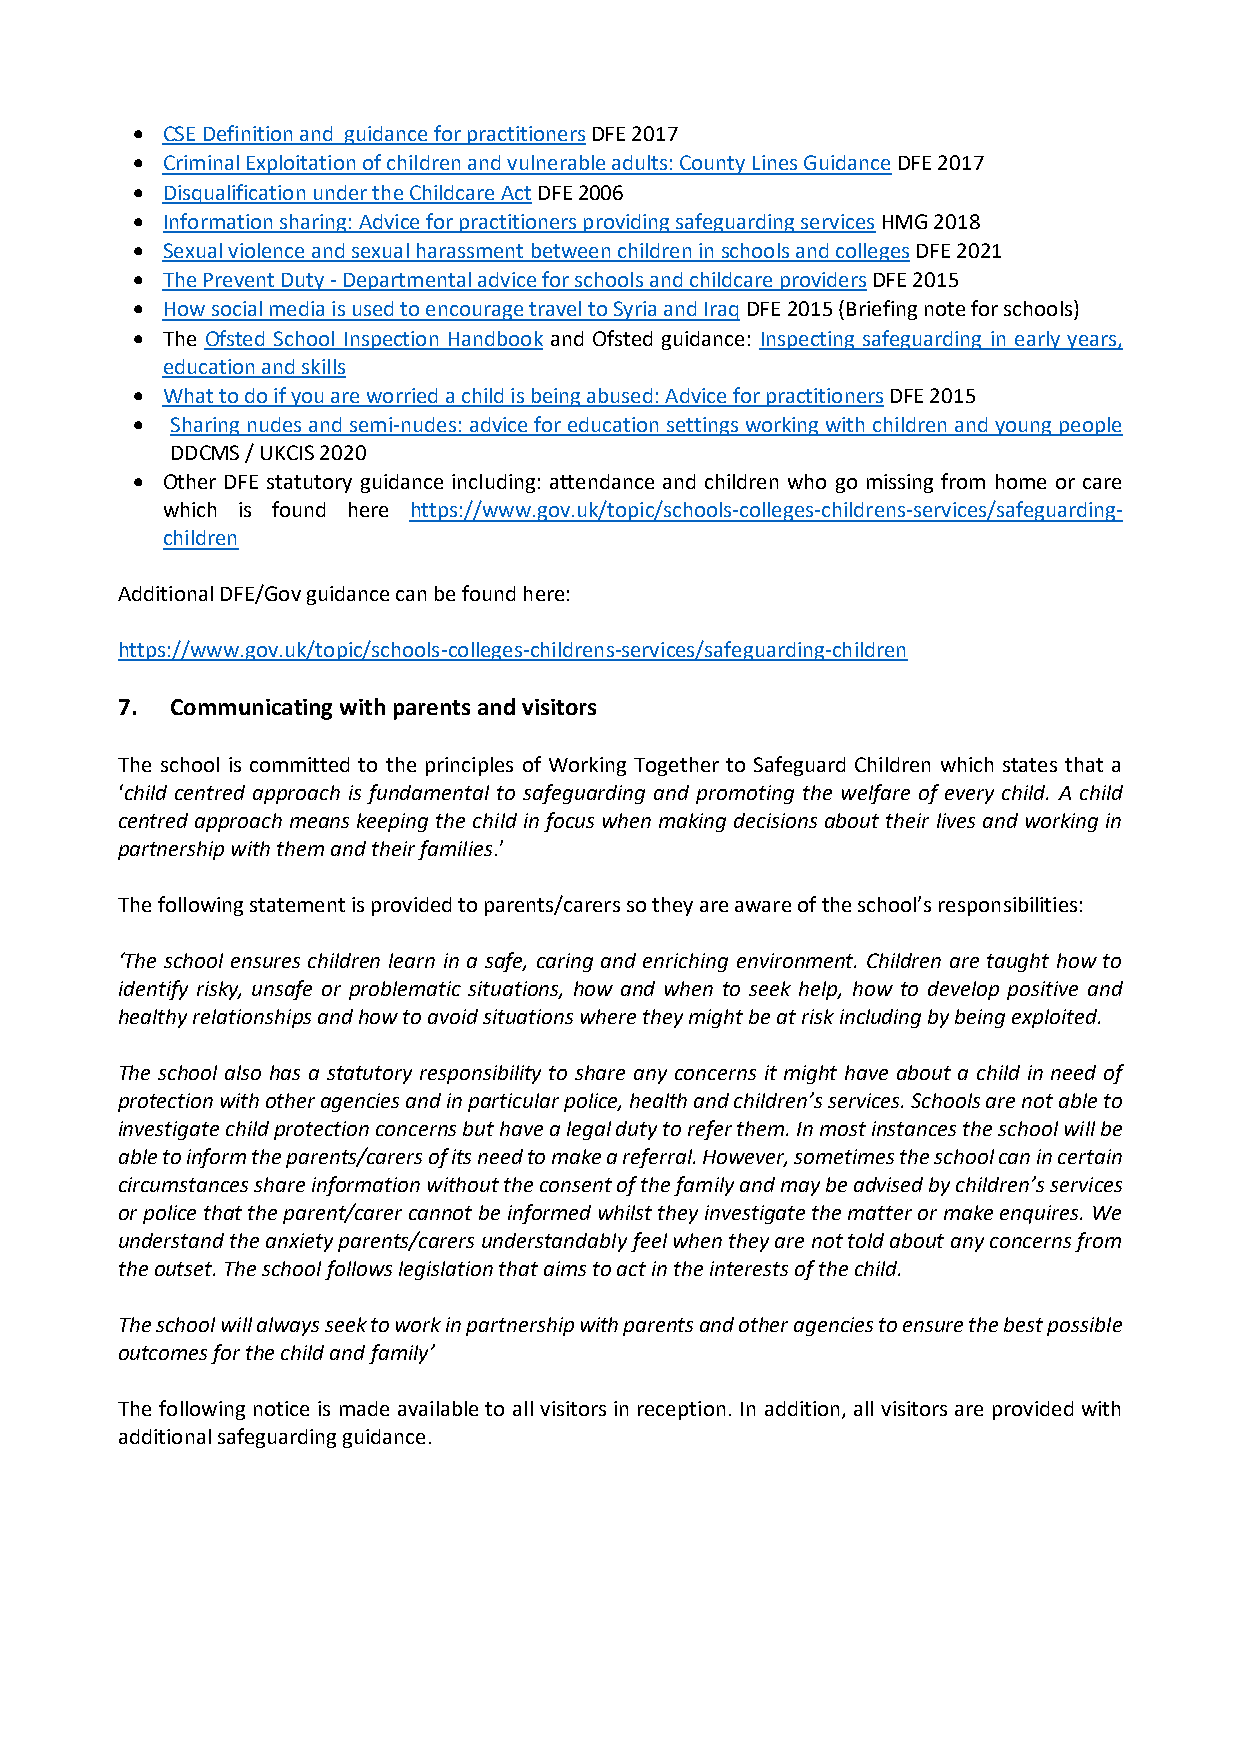
• CSE Definition and guidance for practitioners DFE 2017
 • Criminal Exploitation of children and vulnerable adults: County Lines Guidance DFE 2017
 • Disqualification under the Childcare Act DFE 2006
 • Information sharing: Advice for practitioners providing safeguarding services HMG 2018
 • Sexual violence and sexual harassment between children in schools and colleges DFE 2021
 • The Prevent Duty - Departmental advice for schools and childcare providers DFE 2015
 • How social media is used to encourage travel to Syria and Iraq DFE 2015 (Briefing note for schools)
 • The Ofsted School Inspection Handbook and Ofsted guidance: Inspecting safeguarding in early years,
 education and skills
 • What to do if you are worried a child is being abused: Advice for practitioners DFE 2015
 • Sharing nudes and semi-nudes: advice for education settings working with children and young people
 DDCMS / UKCIS 2020
 • Other DFE statutory guidance including: attendance and children who go missing from home or care
 which is found here https://www.gov.uk/topic/schools-colleges-childrens-services/safeguarding-
 children
 Additional DFE/Gov guidance can be found here:
 https://www.gov.uk/topic/schools-colleges-childrens-services/safeguarding-children
 7. Communicating with parents and visitors
 The school is committed to the principles of Working Together to Safeguard Children which states that a
 ‘child centred approach is fundamental to safeguarding and promoting the welfare of every child. A child
 centred approach means keeping the child in focus when making decisions about their lives and working in
 partnership with them and their families.’
 The following statement is provided to parents/carers so they are aware of the school’s responsibilities:
 ‘The school ensures children learn in a safe, caring and enriching environment. Children are taught how to
 identify risky, unsafe or problematic situations, how and when to seek help, how to develop positive and
 healthy relationships and how to avoid situations where they might be at risk including by being exploited.
 The school also has a statutory responsibility to share any concerns it might have about a child in need of
 protection with other agencies and in particular police, health and children’s services. Schools are not able to
 investigate child protection concerns but have a legal duty to refer them. In most instances the school will be
 able to inform the parents/carers of its need to make a referral. However, sometimes the school can in certain
 circumstances share information without the consent of the family and may be advised by children’s services
 or police that the parent/carer cannot be informed whilst they investigate the matter or make enquires. We
 understand the anxiety parents/carers understandably feel when they are not told about any concerns from
 the outset. The school follows legislation that aims to act in the interests of the child.
 The school will always seek to work in partnership with parents and other agencies to ensure the best possible
 outcomes for the child and family’
 The following notice is made available to all visitors in reception. In addition, all visitors are provided with
 additional safeguarding guidance.